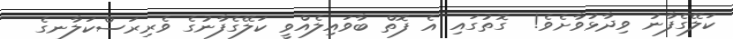
ކަލޭގެފާނު ވިދާޅުވާށެވެ!  ގޮތުގައި އެ ފޮތް ބާވައިލެއްވީ ކަލޭގެފާނުގެ ވެރިރަސްކަލާނގެ